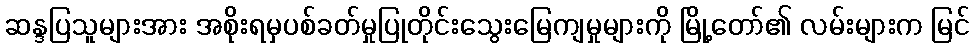
ဆန္ဒပြသူများအား အစိုးရမှပစ်ခတ်မှုပြုတိုင်းသွေးမြေကျမှုများကို မြို့တော်၏ လမ်းများက မြင်